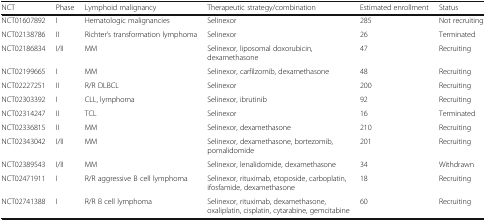
| NCT | Phase | Lymphoid malignancy | Therapeutic strategy/combination | Estimated enrollment | Status |
 | --- | --- | --- | --- | --- | --- |
 | NCT01607892 | I | Hematologic malignancies | Selinexor | 285 | Not recruiting |
 | NCT02138786 | II | Richter’s transformation lymphoma | Selinexor | 26 | Terminated |
 | NCT02186834 | I/II | MM | Selinexor, liposomal doxorubicin, dexamethasone | 47 | Recruiting |
 | NCT02199665 | I | MM | Selinexor, carfilzomib, dexamethasone | 48 | Recruiting |
 | NCT02227251 | II | R/R DLBCL | Selinexor | 200 | Recruiting |
 | NCT02303392 | I | CLL, lymphoma | Selinexor, ibrutinib | 92 | Recruiting |
 | NCT02314247 | II | TCL | Selinexor | 16 | Terminated |
 | NCT02336815 | II | MM | Selinexor, dexamethasone | 210 | Recruiting |
 | NCT02343042 | I/II | MM | Selinexor, dexamethasone, bortezomib, pomalidomide | 201 | Recruiting |
 | NCT02389543 | I/II | MM | Selinexor, lenalidomide, dexamethasone | 34 | Withdrawn |
 | NCT02471911 | I | R/R aggressive B cell lymphoma | Selinexor, rituximab, etoposide, carboplatin, ifosfamide, dexamethasone | 18 | Recruiting |
 | NCT02741388 | I | R/R B cell lymphoma | Selinexor, rituximab, dexamethasone, oxaliplatin, cisplatin, cytarabine, gemcitabine | 60 | Recruiting |